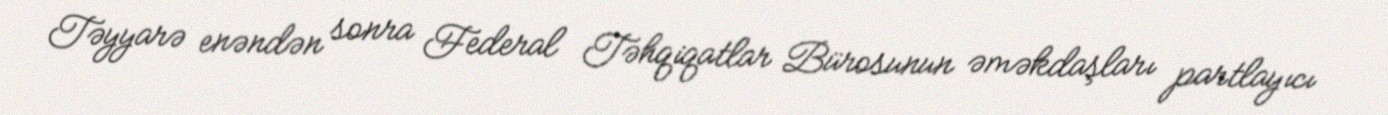
Təyyarə enəndən sonra Federal Təhqiqatlar Bürosunun əməkdaşları partlayıcı